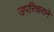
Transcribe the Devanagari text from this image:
उपरिचराने